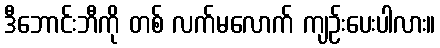
ဒီဘောင်းဘီကို တစ် လက်မလောက် ကျဉ်းပေးပါလား။